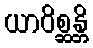
ယာဝိစ္ဆန္တိ